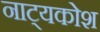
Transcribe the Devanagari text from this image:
नाट्यकोश